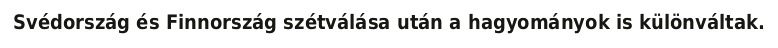
Svédország és Finnország szétválása után a hagyományok is különváltak.